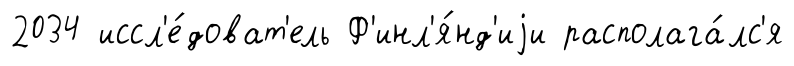
2034 иссл'е́доват'ель Ф'инл'я́нд'иjи располага́лс'я